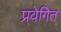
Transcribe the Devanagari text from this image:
प्रवेगित